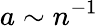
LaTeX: a\sim n^{-1}